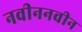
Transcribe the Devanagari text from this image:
नवीननवीन